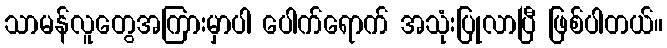
သာမန်လူတွေအကြားမှာပါ ပေါက်ရောက် အသုံးပြုလာပြီ ဖြစ်ပါတယ်။